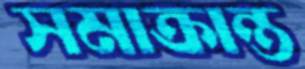
সমাক্রান্ত